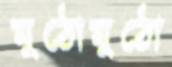
মুঠোমুঠো